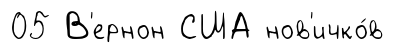
05 В'ернон США нов'ичко́в